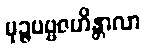
မုဉ္ဇပဗ္ဗဇဟိန္တာလာ